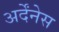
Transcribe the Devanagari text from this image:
अर्देंनेस